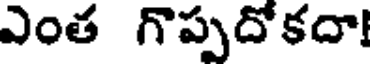
ఎంత గొప్పదోకదా!